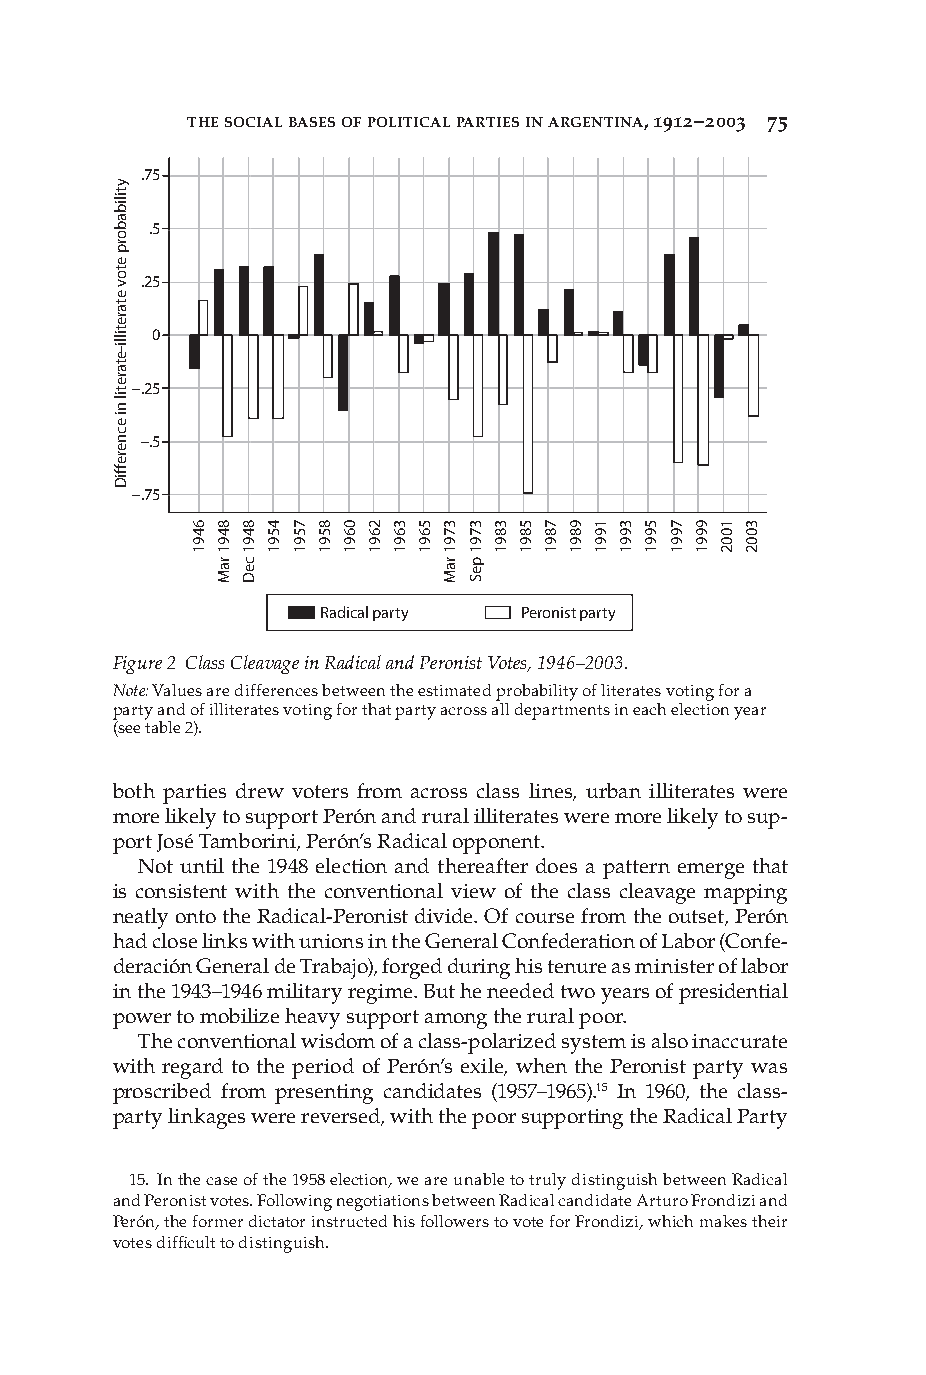
THE SOCIAL BASES OF POLITICAL PARTIES IN ARGENTINA, 1912–2003 75
 .75
 .5
 .25
 0
 –.25
 –.5
 –.75
 Radical party Peronist party
 Figure 2 Class Cleavage in Radical and Peronist Votes, 1946–2003.
 Note: Values are differences between the estimated probability of literates voting for a
 party and of illiterates voting for that party across all departments in each election year
 (see table 2).
 both parties drew voters from across class lines, urban illiterates were
 more likely to support Perón and rural illiterates were more likely to sup-
 port José Tamborini, Perón’s Radical opponent.
 Not until the 1948 election and thereafter does a pattern emerge that
 is consistent with the conventional view of the class cleavage mapping
 neatly onto the Radical-Peronist divide. Of course from the outset, Perón
 had close links with unions in the General Confederation of Labor (Confe-
 deración General de Trabajo), forged during his tenure as minister of labor
 in the 1943–1946 military regime. But he needed two years of presidential
 power to mobilize heavy support among the rural poor.
 The conventional wisdom of a class-polarized system is also inaccurate
 with regard to the period of Perón’s exile, when the Peronist party was
 proscribed from presenting candidates (1957–1965).15 In 1960, the class-
 party linkages were reversed, with the poor supporting the Radical Party
 15. In the case of the 1958 election, we are unable to truly distinguish between Radical
 and Peronist votes. Following negotiations between Radical candidate Arturo Frondizi and
 Perón, the former dictator instructed his followers to vote for Frondizi, which makes their
 votes diffi cult to distinguish.
 PP44993366..iinnddbb 7755                         1122//99//0088 66::4422::2277 AAMM
 ytilibaborp
 etov
 etaretilli-etaretil
 ni
 ecnereffiD
 6491 8491
 raM
 8491
 ceD
 4591 7591 8591 0691 2691 3691 5691 3791
 raM
 3791
 peS
 3891 5891 7891 9891 1991 3991 5991 7991 9991 1002 3002